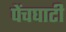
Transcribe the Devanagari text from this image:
पेंचघाटी